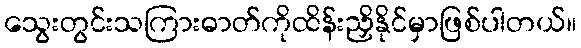
သွေးတွင်းသကြားဓာတ်ကိုထိန်းညှိနိုင်မှာဖြစ်ပါတယ်။